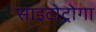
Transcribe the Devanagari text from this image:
साइटोट्रोगा